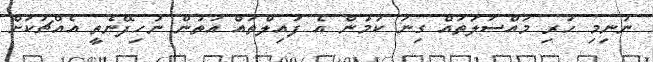
ނުނިމި ހުރި މައްސަލަތައް ގިނަ ކަމުން އެ ފައިލްތައް އަތުން ނުހިފޭނެތީ އެއްޗަކަށް